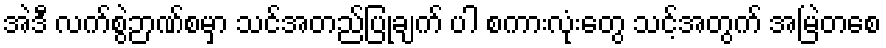
အဲဒီ လက်စွဲဉာဏ်စမှာ သင်အတည်ပြုချက် ပါ စကားလုံးတွေ သင့်အတွက် အမြဲတစေ